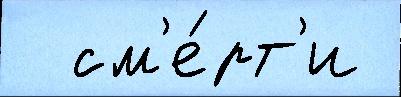
  см'е́рт'и